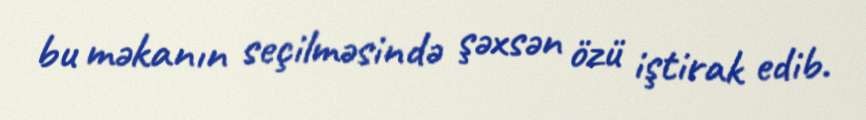
bu məkanın seçilməsində şəxsən özü iştirak edib.